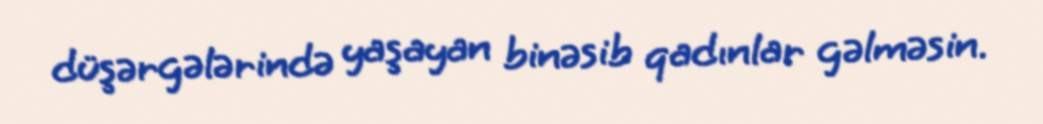
düşərgələrində yaşayan binəsib qadınlar gəlməsin.